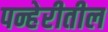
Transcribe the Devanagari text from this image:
पन्हेरीतील